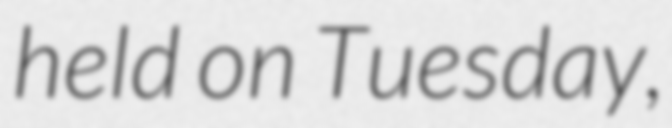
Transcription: held on Tuesday,